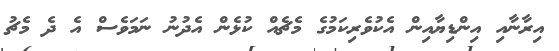
އިރާނާއި އިންޑިޔާއިން އެކުވެރިކަމުގެ މެޗެއް ކުޅެން އެދުނު ނަމަވެސް އެ ދެ މެޗު